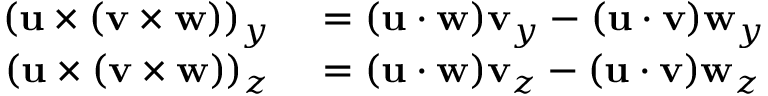
\begin{array} { r l } { ( \mathbf { u } \times ( \mathbf { v } \times \mathbf { w } ) ) _ { y } } & { { } = ( \mathbf { u } \cdot \mathbf { w } ) \mathbf { v } _ { y } - ( \mathbf { u } \cdot \mathbf { v } ) \mathbf { w } _ { y } } \\ { ( \mathbf { u } \times ( \mathbf { v } \times \mathbf { w } ) ) _ { z } } & { { } = ( \mathbf { u } \cdot \mathbf { w } ) \mathbf { v } _ { z } - ( \mathbf { u } \cdot \mathbf { v } ) \mathbf { w } _ { z } } \end{array}